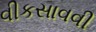
વીકસાવવી